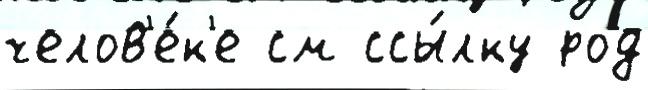
челов'е́к'е см ссы́лку род